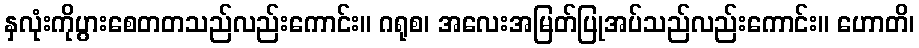
နှလုံးကိုပွားစေတတသည်လည်းကောင်း။ ဂရုစ၊ အလေးအမြတ်ပြုအပ်သည်လည်းကောင်း။ ဟောတိ၊